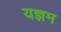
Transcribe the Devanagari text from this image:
यज्ञम